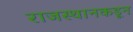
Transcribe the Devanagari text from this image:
राजस्थानकडून